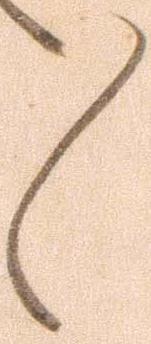
々